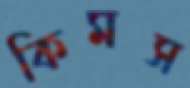
কিমস